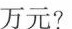
万元?